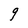
Character: g